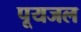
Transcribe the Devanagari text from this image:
पूयजल